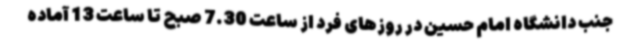
جنب دانشگاه امام حسین در روزهای فرد از ساعت 7.30 صبح تا ساعت 13 آماده